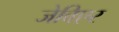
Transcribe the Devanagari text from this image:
जेविएर